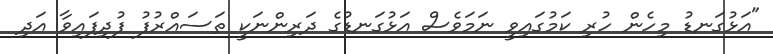
"އަޅުގަނޑު މިހެން ހުރި ކަމުގައިވީ ނަމަވެސް އަޅުގަނޑުގެ ދަރިންނަކީ ތަސައްރުފު ފުދިފައިވާ އަދި